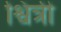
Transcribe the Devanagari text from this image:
श्वित्री